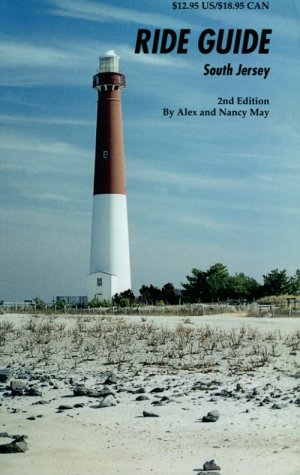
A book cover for Ride Guide South Jersey 2nd Edition; Alex May; Travel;